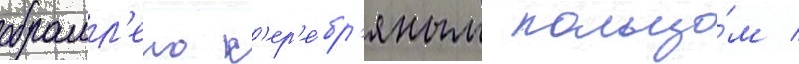
обрамл'ено с'ер'е́бр'яным кольцо́м /